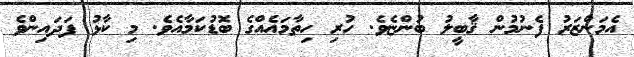
އެމަންޒަރު ފެނުމުން ޤާބީލު ބުންޏެވެ. ހުރި ހިތާމައެއްގެ ބޮޑުކަމާއެވެ. މި ކާޅު ފަދައިންވެ